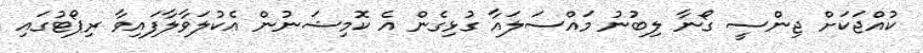
ކުއްޖަކަށް ޖިންސީ ގޯނާ ލިބުނު މައްސަލައާ ގުޅިގެން އެ ކޮމިޝަނުން އެކުލަވާލާފައިވާ ރިޕޯޓުގައި